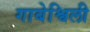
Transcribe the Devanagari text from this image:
गाबेश्विली